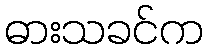
ဓားသခင်က